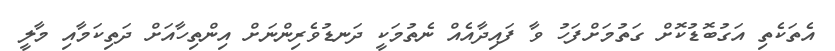
އެތަކެތި އަގުބޮޑުކޮށް ގަތުމަށްފަހު ވާ ފައިދާއެއް ނެތުމަކީ ދަނޑުވެރިންނަށް އިންތިހާއަށް ދަތިކަމާއި މާލީ